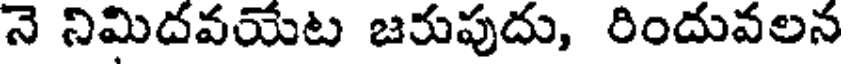
నె నిమిదవయేట జరుపుదు, రిందువలన